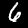
Digit: 6